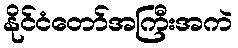
နိုင်ငံတော်အကြီးအကဲ